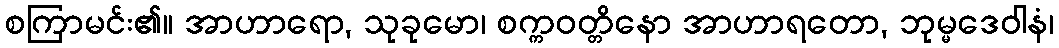
စကြာမင်း၏။ အာဟာရော, သုခုမော၊ စက္ကဝတ္တိနော အာဟာရတော, ဘုမ္မဒေဝါနံ၊